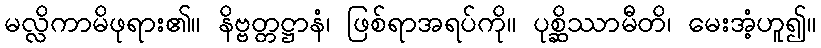
မလ္လိကာမိဖုရား၏။ နိဗ္ဗတ္တဋ္ဌာနံ၊ ဖြစ်ရာအရပ်ကို။ ပုစ္ဆိဿာမီတိ၊ မေးအံ့ဟူ၍။